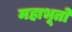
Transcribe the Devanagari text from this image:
महाभूतो